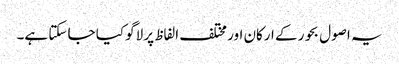
یہ اصول بحور کے ارکان اور مختلف الفاظ پر لاگو کیا جا سکتا ہے۔